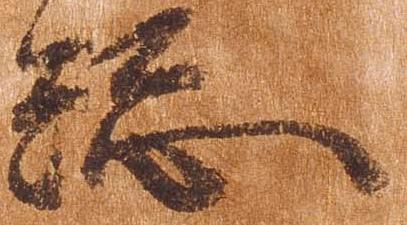
総